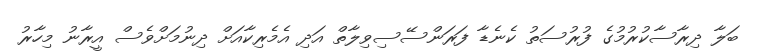
ބަލާ ދިރާސާކުރުމުގެ ފުރުސަތު ކެނެޑާ ފަރަންސޭސިވިލާތް އަދި އެމެރިކާއަށް ދިނުމަށްވެސް އީރާނު މިހާރު